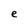
Character: e